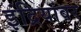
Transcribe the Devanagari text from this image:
इंद्रियांवर